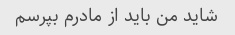
شاید من باید از مادرم بپرسم